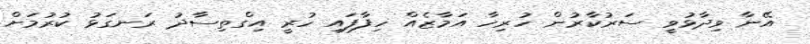
އޭނާ ވިދާޅުވީ ސަރުކާރުން ހުރިހާ އަމާޒެއް ހިފާފައި ހުރީ އިގްތިސާދު ރަނގަޅު ކުރުމަށް